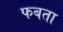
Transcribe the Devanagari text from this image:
फबता